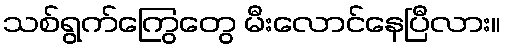
သစ်ရွက်ကြွေတွေ မီးလောင်နေပြီလား။